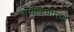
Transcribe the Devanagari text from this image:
नामांकनांमध्ये